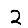
Digit: 2